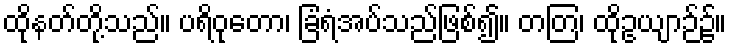
ထိုနတ်တို့သည်။ ပရိဝုတော၊ ခြံရံအပ်သည်ဖြစ်၍။ တတြ၊ ထိုဥယျာဉ်၌။